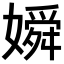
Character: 𡡞